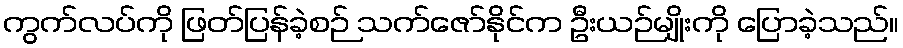
ကွက်လပ်ကို ဖြတ်ပြန်ခဲ့စဉ် သက်ဇော်နိုင်က ဦးယဉ်မျိုးကို ပြောခဲ့သည်။